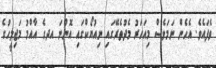
ވެފައެވެ. އެހެން ނަމަވެސް މިއަހަރު މެދުތެރޭގައި ނިއުޔޯކްގައި އޮންނަ އދގެ އާއްމު މަޖިލީހުގެ